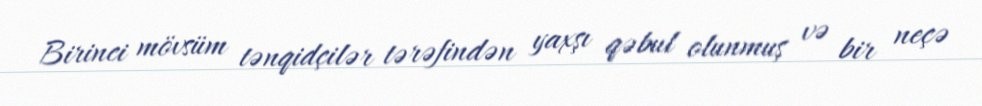
Birinci mövsüm tənqidçilər tərəfindən yaxşı qəbul olunmuş və bir neçə